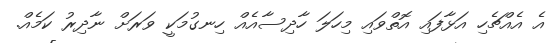
އެ އެއްޗެހި އަޅާފައި އޮތްވައި މިހަލަ ހާދިސާއެއް ހިނގުމަކީ ވަރަށް ނާދިރު ކަމެއް.